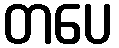
တပေ